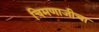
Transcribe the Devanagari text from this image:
चिमणाजीचा